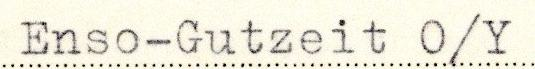
Enso-Gutzeit O/Y